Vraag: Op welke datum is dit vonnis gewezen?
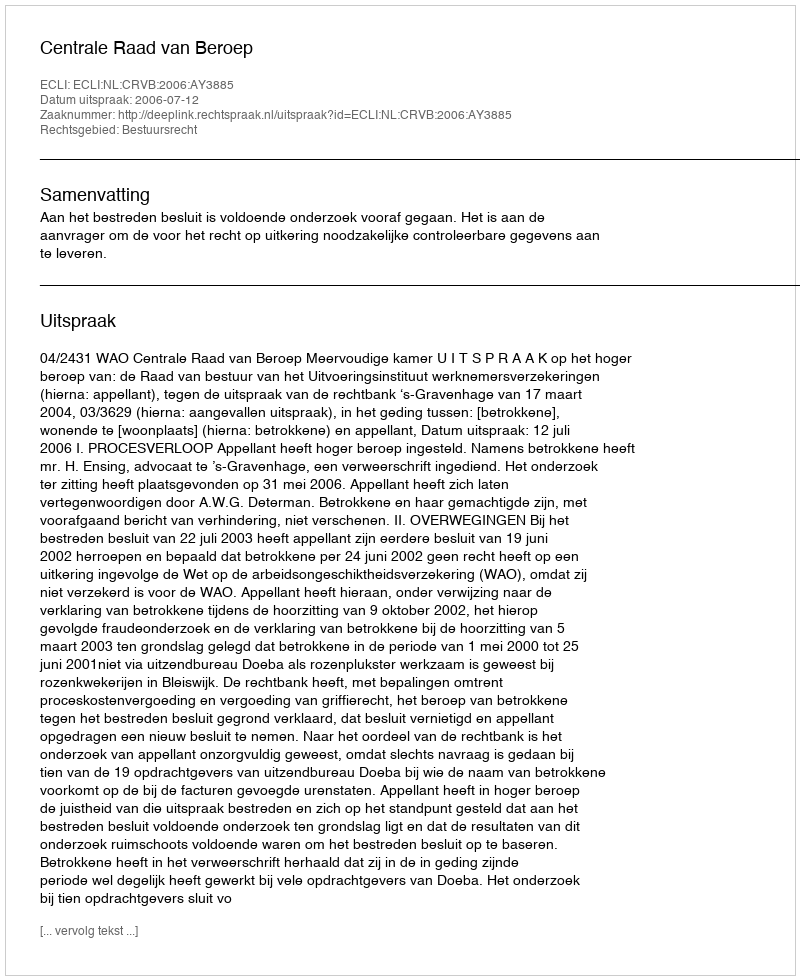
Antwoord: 2006-07-12